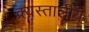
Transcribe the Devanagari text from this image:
क्र्यस्तालीय